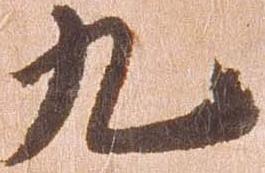
九